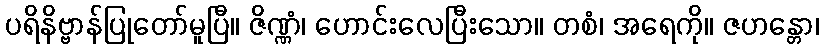
ပရိနိဗ္ဗာန်ပြုတော်မူပြီ။ ဇိဏ္ဏံ၊ ဟောင်းလေပြီးသော။ တစံ၊ အရေကို။ ဇဟန္တော၊